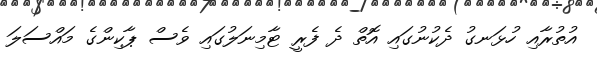
އުތުރާއި ހުޅަނގު ދެކުނުގައި އޮތް ދެ ފެރީ ޓާމިނަލުގައި ވެސް ޕާކިންގެ މައްސަލަ